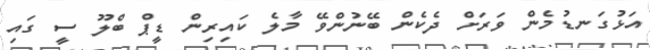
އަޅުގަނޑުމެން ވަރަށް ދެެކެން ބޭނުންވޭ މާލެ ކައިރިން ޑީޕް ބްލޫ ސީ ގައި